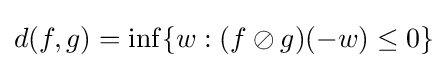
d(f,g)=\inf\{w:(f\oslash g)(-w)\leq 0\}